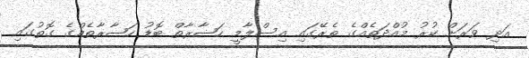
އަދި ވަރަށް ކުރު މުއްދަތެއްގެ ތެރޭގައި އިސްލާމީ ހަޟާރާތް ބޮޑު ހަޟާރާތެއްގެ ގޮތުގައި